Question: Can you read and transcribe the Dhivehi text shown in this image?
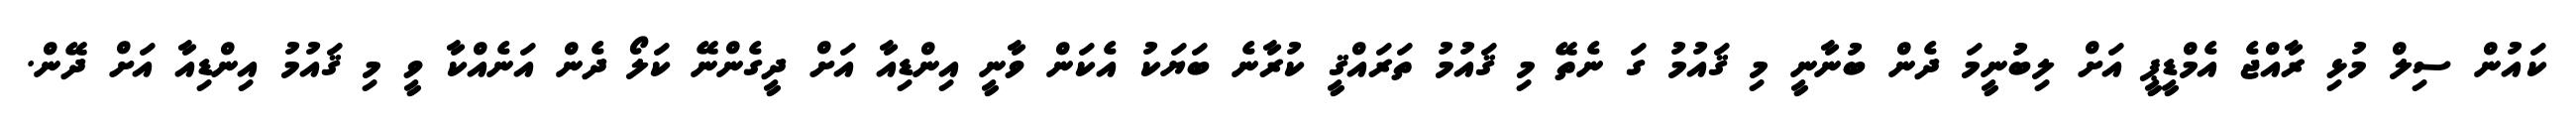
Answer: ކައުން ސިލް މުޅި ރާއްޖެ އެމްޑީޕީ އަށް ލިބުނީމަ ދެން ބުނާނީ މި ޤައުމު ގަ ނެތޭ މި ޤައުމު ތަރައްޤީ ކުރާނެ ބަޔަކު އެކަން ވާނީ އިންޑިއާ އަށް ދީގެންނޭ ކަލޯ ދެން އަނެއްކާ ވީ މި ޤައުމު އިންޑިއާ އަށް ދޭން.